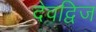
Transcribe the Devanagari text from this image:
देवद्विज